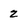
Character: 2